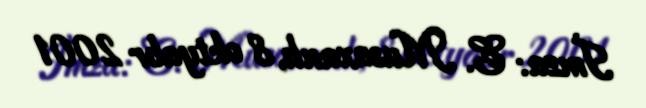
İmza: E. Musaxanlı, 8 oktyabr 2001